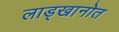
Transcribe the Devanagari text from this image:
लाड्खानोत